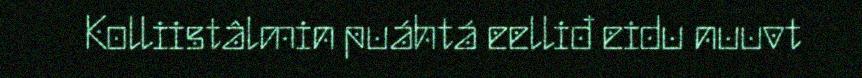
Kolliistâlmin puáhtá eelliđ eidu nuuvt